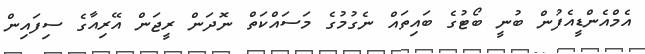
އެމްއެންޑީއެފުން ބުނީ ބޯޓުގެ ބައިތައް ނެގުމުގެ މަސައްކަތް ނޮދަން ރީޖަން އޭރިއާގެ ސިފައިން